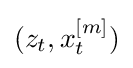
(z_{t},x_{t}^{[m]})